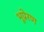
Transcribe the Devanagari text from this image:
भूप्रेरण